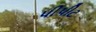
પીપીટ